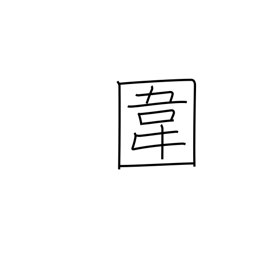
Meaning: preserve